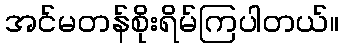
အင်မတန်စိုးရိမ်ကြပါတယ်။